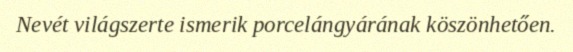
Nevét világszerte ismerik porcelángyárának köszönhetően.